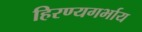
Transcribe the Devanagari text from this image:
हिरण्यगर्भाय